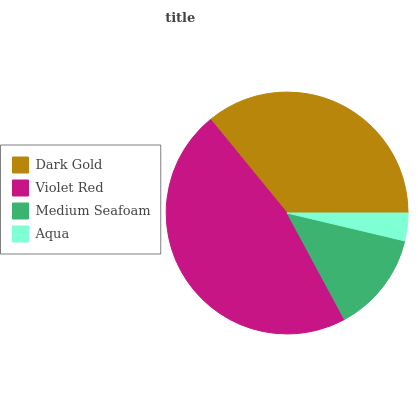
| Dark Gold | Violet Red | Medium Seafoam | Aqua |
 | --- | --- | --- | --- |
 | 35.9% | 46.9% | 13.4% | 3.71% |